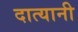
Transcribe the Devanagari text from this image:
दात्यानी